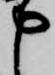
申